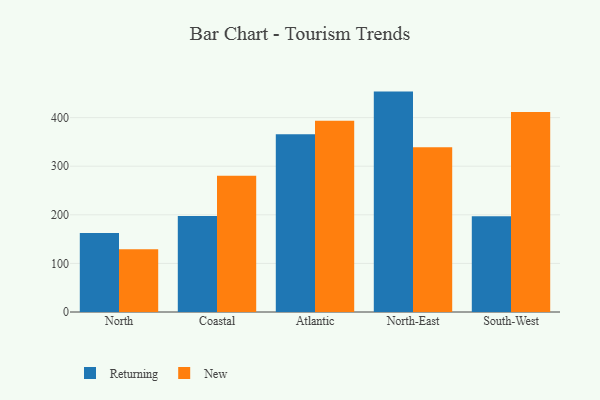
{"axis": {"x": "Region", "y": "Temperature (°C)"}, "legend": ["New", "Returning"], "data": [{"x": "North", "y": 162.5, "type": "Returning"}, {"x": "North", "y": 129.3, "type": "New"}, {"x": "Coastal", "y": 197.4, "type": "Returning"}, {"x": "Coastal", "y": 280.2, "type": "New"}, {"x": "Atlantic", "y": 365.7, "type": "Returning"}, {"x": "Atlantic", "y": 393.8, "type": "New"}, {"x": "North-East", "y": 453.6, "type": "Returning"}, {"x": "North-East", "y": 338.9, "type": "New"}, {"x": "South-West", "y": 197.2, "type": "Returning"}, {"x": "South-West", "y": 411.4, "type": "New"}]}